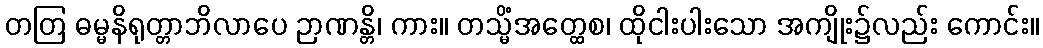
တတြ ဓမ္မနိရုတ္တာဘိလာပေ ဉာဏန္တိ၊ ကား။ တသ္မိံအတ္ထေစ၊ ထိုငါးပါးသော အကျိုး၌လည်း ကောင်း။